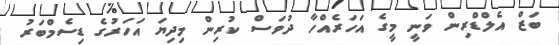
ބަޒް އެލްޑްރިން ވަނީ މީގެ އަހަރެއްހާ ދުވަސް ކުރިން މިދިޔަ އަހަރުގެ ޑިސެމްބަރު